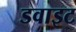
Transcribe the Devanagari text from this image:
डवाइट